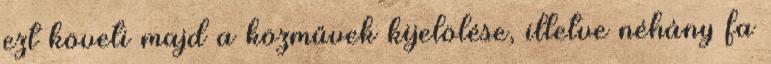
ezt követi majd a közművek kijelölése, illetve néhány fa